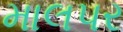
માલપર